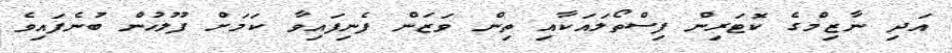
އަދި ނާޒިމްގެ ކޮޓަރިން ފިސްތޯލައަކާއި ތިން ވަޒަން ފެނިފައިވާ ކަމަށް ފުލުހުން ބުނެފައިވެ